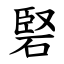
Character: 硻